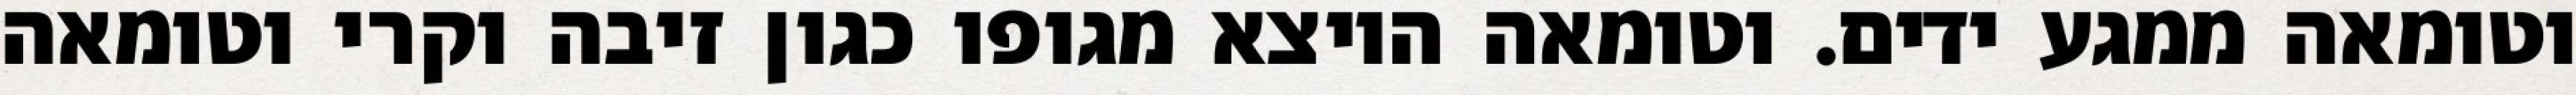
וטומאה ממגע ידים. וטומאה היוצא מגופו כגון זיבה וקרי וטומאה